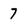
Character: 7